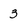
Character: 3